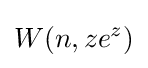
W(n,ze^{z})